Scottish Leaving Certificate Examination, 1951
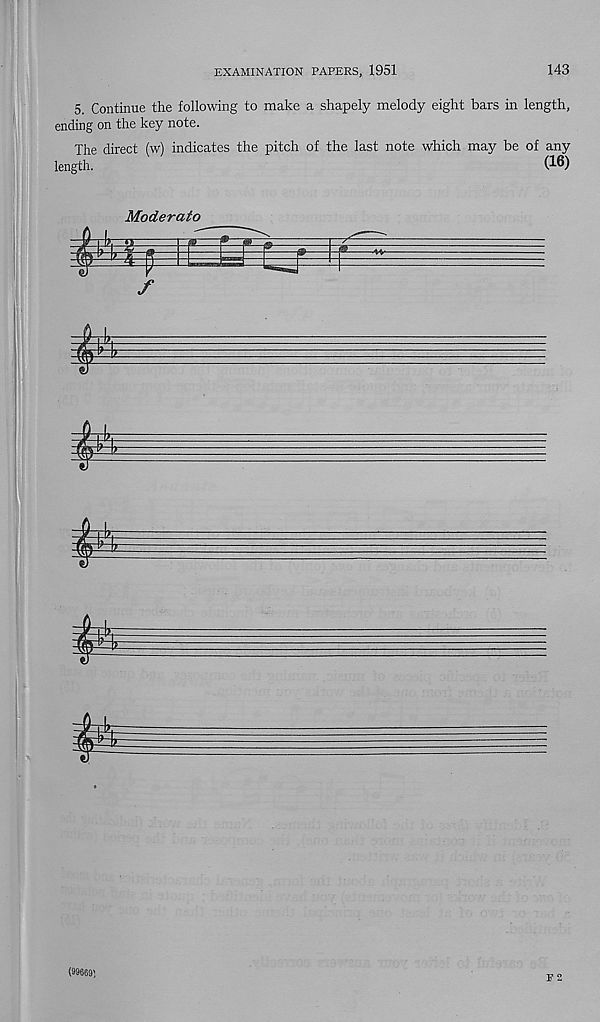
EXAMINATION PAPERS, 1951
143
5. Continue the following to make a shapely melody eight bars in length,
ending on the key note.
The direct (w) indicates the pitch of the last note which may be of any
length.
(16)
Moderato
m
y